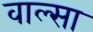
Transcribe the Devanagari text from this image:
वाल्सा